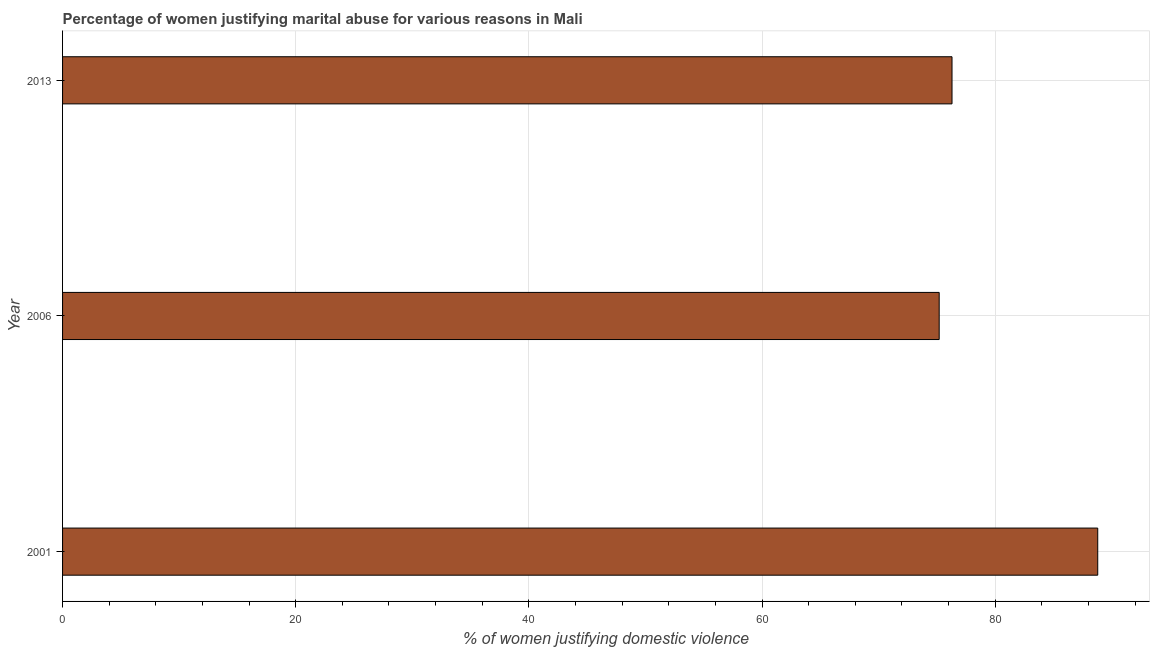
| Year | Physical abuse |
 | --- | --- |
 | 2001 | 88.8 |
 | 2006 | 75.2 |
 | 2013 | 76.3 |